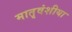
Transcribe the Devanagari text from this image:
मातृवंशीया